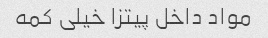
مواد داخل پیتزا خیلی کمه